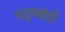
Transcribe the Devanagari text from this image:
चतुष्खंडी